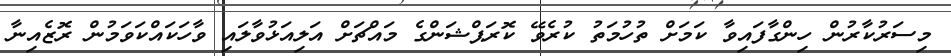
މިސަރުކާރުން ހިންގާފައިވާ ކަމަށް ތުހުމަތު ކުރެވޭ ކޮރަޕްޝަންގެ މައްޗަށް އަލިއަޅުވާލައި ވާހަކައްކަވަމުން ރޮޒެއިނާ